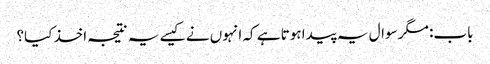
باب: مگر سوال یہ پیدا ہوتا ہے کہ انہوں نے کیسے یہ نتیجہ اخذ کیا؟